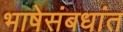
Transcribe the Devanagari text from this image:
भाषेसंबधांत